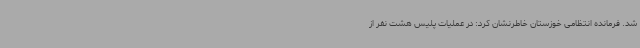
شد. فرمانده انتظامی خوزستان خاطرنشان کرد: در عملیات پلیس هشت نفر از